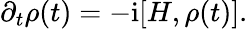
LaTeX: \partial_{t}\rho(t)=-\mathrm{i}[H,\rho(t)].